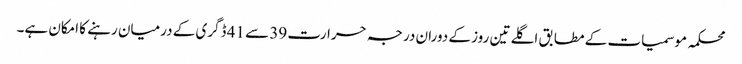
محکمہ موسمیات کے مطابق اگلے تین روز کے دوران درجہ حرارت 39 سے 41 ڈگری کے درمیان رہنے کا امکان ہے۔